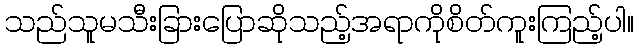
သည်သူမသီးခြားပြောဆိုသည့်အရာကိုစိတ်ကူးကြည့်ပါ။